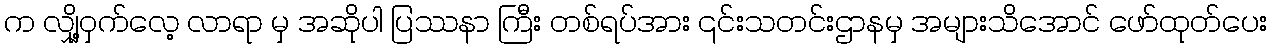
က လျှို့ဝှက်လေ့ လာရာ မှ အဆိုပါ ပြဿနာ ကြီး တစ်ရပ်အား ၎င်းသတင်းဌာနမှ အများသိအောင် ဖော်ထုတ်ပေး